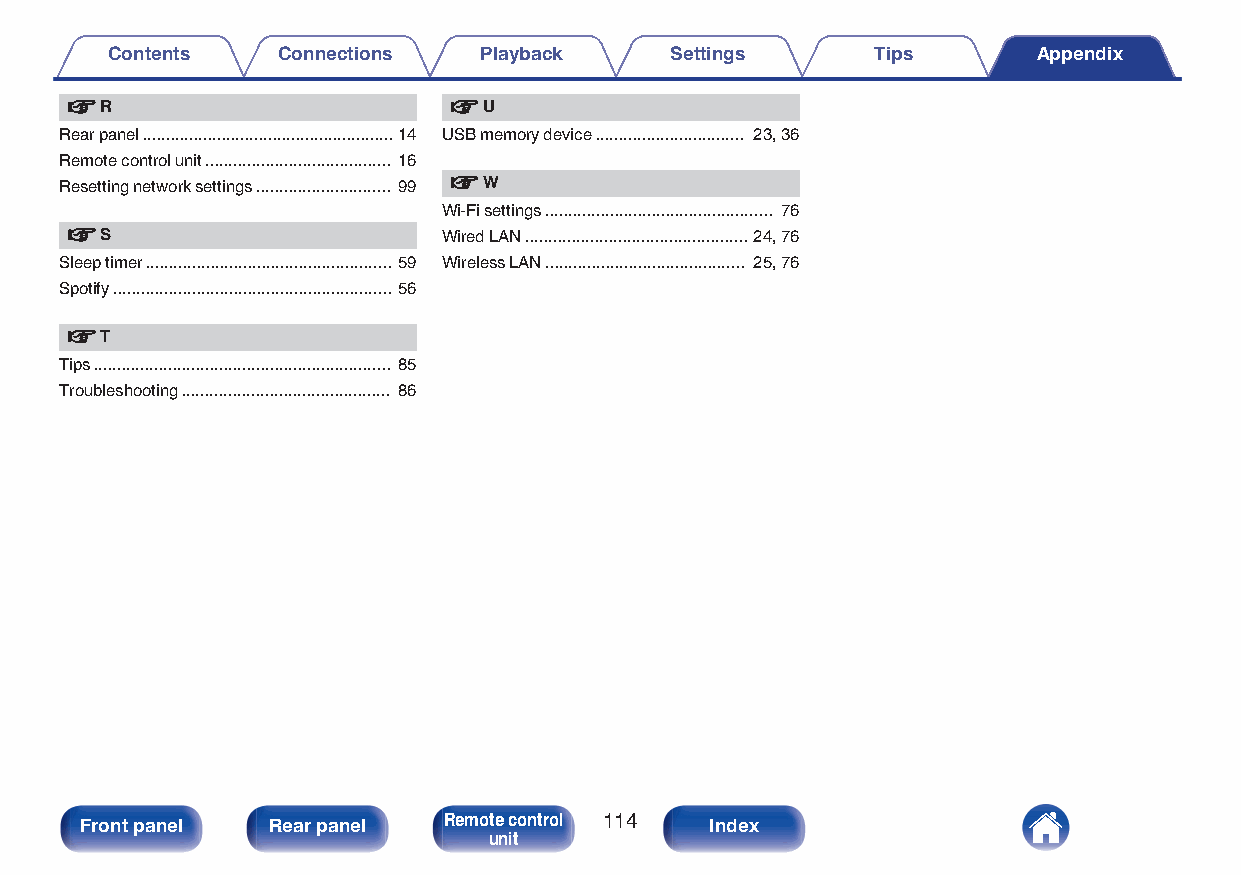
Contents   Connections   Playback    Settings      Tips       Appendix
 v  R                      v U
 Rear panel ...................................................... 14 USB memory device ................................ 23, 36
 Remote control unit ........................................ 16
 Resetting network settings ............................. 99 v W
 Wi-Fi settings ................................................. 76
 v  S                     Wired LAN ................................................ 24, 76
 Sleep timer ..................................................... 59 Wireless LAN ........................................... 25, 76
 Spotify ............................................................ 56
 v  T
 Tips ................................................................ 85
 Troubleshooting ............................................. 86
 Front panel  Rear panel Remote control 114 Index
 unit